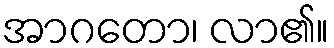
အာဂတော၊ လာ၏။